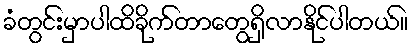
ခံတွင်းမှာပါထိခိုက်တာတွေရှိလာနိုင်ပါတယ်။